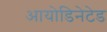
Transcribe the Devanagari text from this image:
आयोडिनेटेड